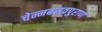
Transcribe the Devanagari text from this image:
चेन्नबसवपुराण